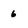
Character: 6